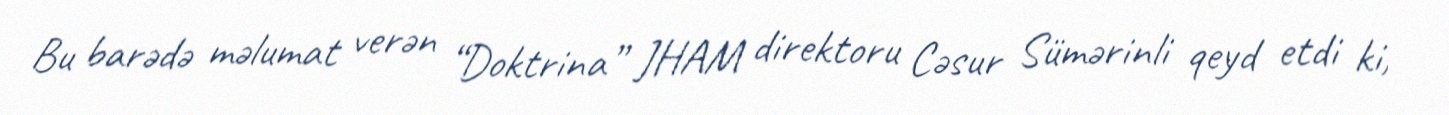
Bu barədə məlumat verən “Doktrina” JHAM direktoru Cəsur Sümərinli qeyd etdi ki,